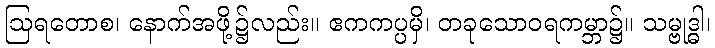
ဩရတောစ၊ နောက်အဖို့၌လည်း။ ဧကကပ္ပမှိ၊ တခုသောဝရကမ္ဘာ၌။ သမ္ဗုဒ္ဓါ၊